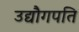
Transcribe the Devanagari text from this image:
उद्यौगपति